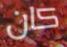
كان